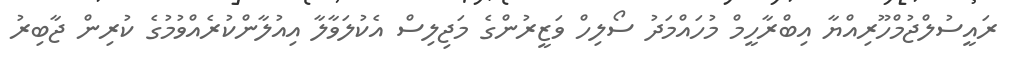
ރައީސުލްޖުމްހޫރިއްޔާ އިބްރާހީމް މުހައްމަދު ސޯލިހް ވަޒީރުންގެ މަޖިލިސް އެކުލަވާލާ އިއުލާންކުރެއްވުމުގެ ކުރިން ޖާބިރު